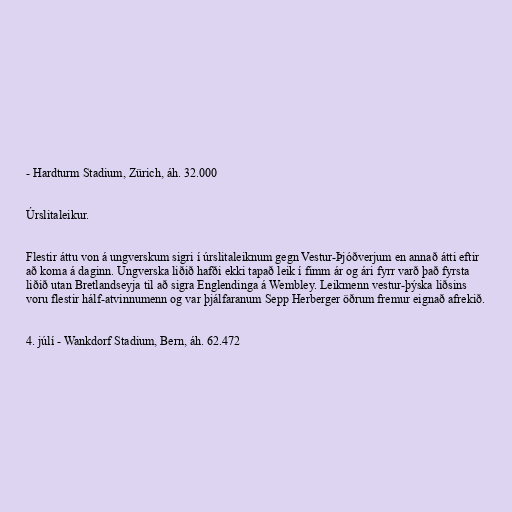
- Hardturm Stadium, Zürich, áh. 32.000

Úrslitaleikur.

Flestir áttu von á ungverskum sigri í úrslitaleiknum gegn Vestur-Þjóðverjum en annað átti eftir
að koma á daginn. Ungverska liðið hafði ekki tapað leik í fimm ár og ári fyrr varð það fyrsta
liðið utan Bretlandseyja til að sigra Englendinga á Wembley. Leikmenn vestur-þýska liðsins
voru flestir hálf-atvinnumenn og var þjálfaranum Sepp Herberger öðrum fremur eignað afrekið.

4. júlí - Wankdorf Stadium, Bern, áh. 62.472